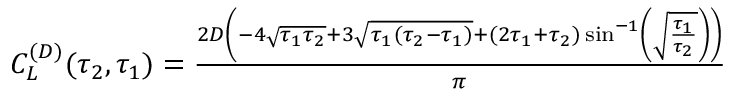
\begin{array} { r } { C _ { L } ^ { ( D ) } ( \tau _ { 2 } , \tau _ { 1 } ) = \frac { 2 D \left( - 4 \sqrt { \tau _ { 1 } \tau _ { 2 } } + 3 \sqrt { \tau _ { 1 } ( \tau _ { 2 } - \tau _ { 1 } ) } + ( 2 \tau _ { 1 } + \tau _ { 2 } ) \sin ^ { - 1 } \left( \sqrt { \frac { \tau _ { 1 } } { \tau _ { 2 } } } \right) \right) } { \pi } } \end{array}